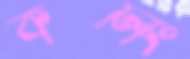
কলিং